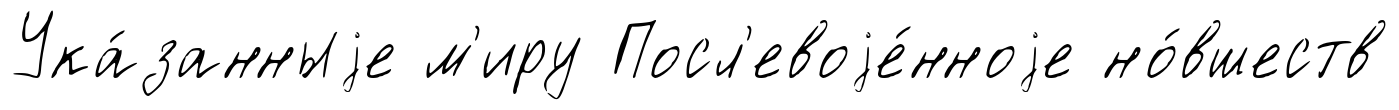
Ука́занныjе м'иру Посл'евоjе́нноjе но́вшеств